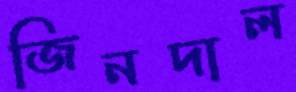
জিনদাল